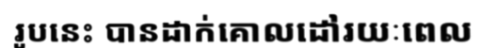
រូបនេះ បានដាក់គោលដៅរយៈពេល